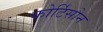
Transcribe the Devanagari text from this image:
कोर्टिसोन